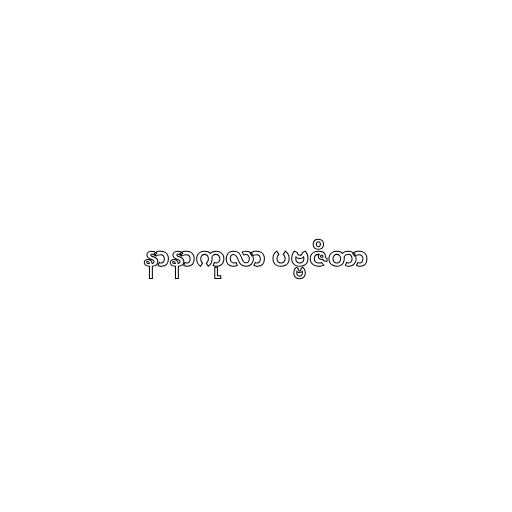
နာနာကုလာ ပဗ္ဗဇိတာ